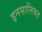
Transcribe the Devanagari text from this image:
इनसानियत